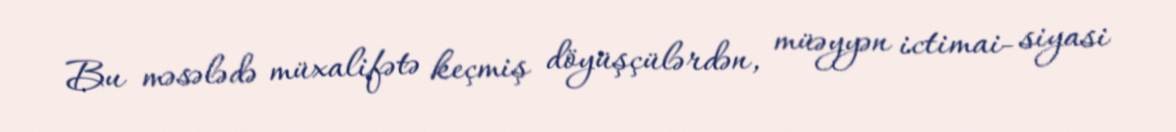
Bu məsələdə müxalifətə keçmiş döyüşçülərdən, müəyyən ictimai- siyasi